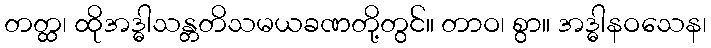
တတ္ထ၊ ထိုအဒ္ဓါသန္တတိသမယခဏတို့တွင်။ တာဝ၊ စွာ။ အဒ္ဓါနဝသေန၊